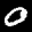
Label: 0